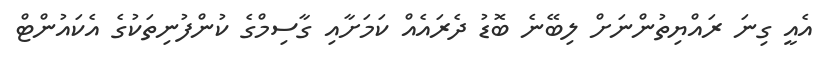
އެއީ ގިނަ ރައްޔިތުންނަށް ލިބޭނެ ބޮޑު ދެރައެއް ކަމަށާއި ގާސިމްގެ ކުންފުނިތަކުގެ އެކައުންޓް